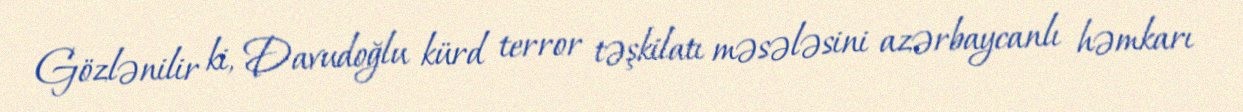
Gözlənilir ki, Davudoğlu kürd terror təşkilatı məsələsini azərbaycanlı həmkarı